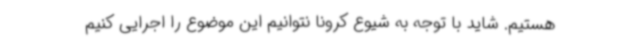
هستیم. شاید با توجه به شیوع کرونا نتوانیم این موضوع را اجرایی کنیم